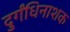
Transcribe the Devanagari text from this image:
दुर्गंधिनाशक